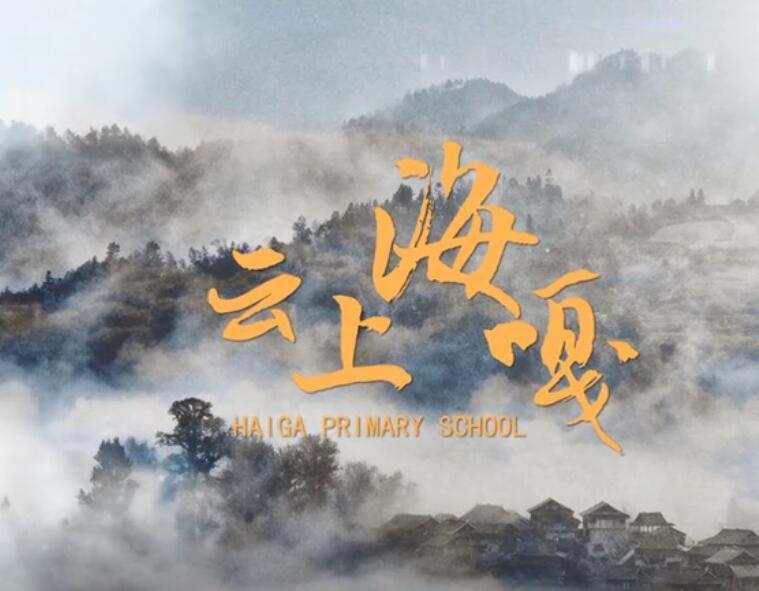
故音乐者，所以动荡血脉，通流精神而和正心也。